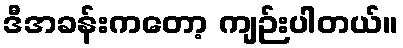
ဒီအခန်းကတော့ ကျဉ်းပါတယ်။